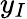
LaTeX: y_{I}